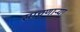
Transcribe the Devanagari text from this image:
साचणाऱ्या